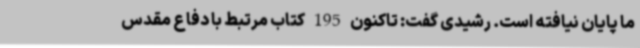
ما پایان نیافته است. رشیدی گفت: تاکنون 195 کتاب مرتبط با دفاع مقدس